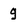
Character: g